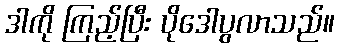
ဒါကို ကြည့်ပြီး ပိုဒေါပွလာသည်။